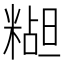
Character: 𬖭